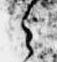
之